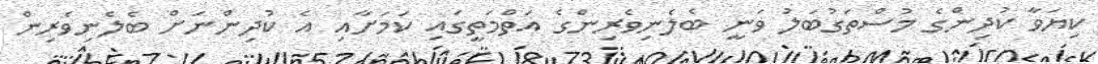
ކިޔަވާ ކުދިންގެ މުސްތަގުބަލު ވަނީ ބެލެނިވެރިންގެ އަތްމަތީގައި ކަމަށާއި އެ ކުދިންނަށް ބެލެނިވެރިން